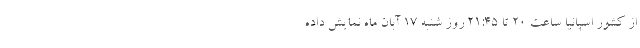
از کشور اسپانیا ساعت ۲۰ تا ۲۱:۴۵ روز شنبه ۱۷ آبان ماه نمایش داده